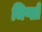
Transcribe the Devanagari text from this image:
जिप्सो